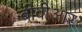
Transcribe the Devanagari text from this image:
बीवीआर